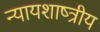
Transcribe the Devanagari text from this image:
न्यायशाष्त्रीय